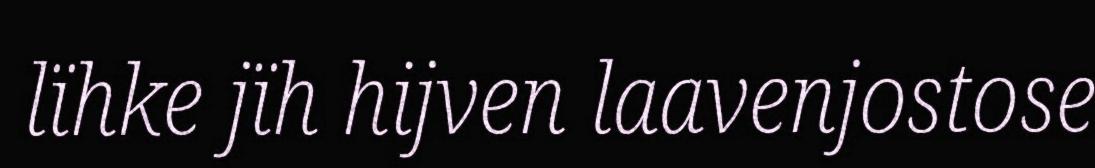
lïhke jïh hijven laavenjostose